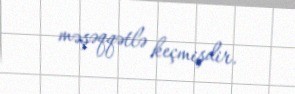
məşəqqətlə keçmişdir.